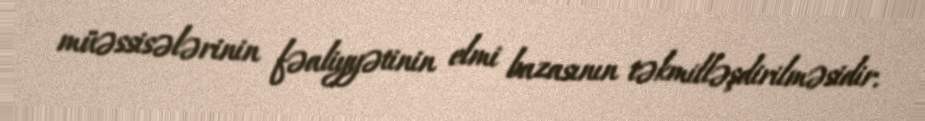
müəssisələrinin fəaliyyətinin elmi bazasının təkmilləşdirilməsidir.